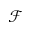
\mathcal { F }